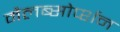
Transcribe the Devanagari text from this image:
मैलब्सोर्प्शन